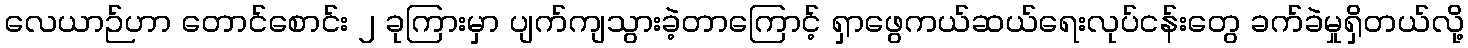
လေယာဉ်ဟာ တောင်စောင်း ၂ ခုကြားမှာ ပျက်ကျသွားခဲ့တာကြောင့် ရှာဖွေကယ်ဆယ်ရေးလုပ်ငန်းတွေ ခက်ခဲမှုရှိတယ်လို့